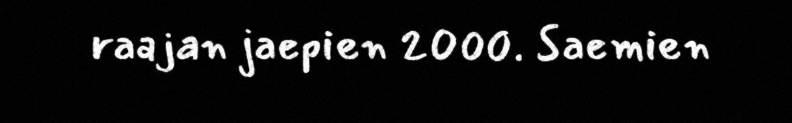
raajan jaepien 2000. Saemien